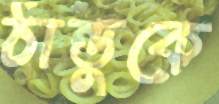
ঠান্ডুকে